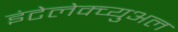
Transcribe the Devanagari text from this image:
इंटेलेक्च्युअल